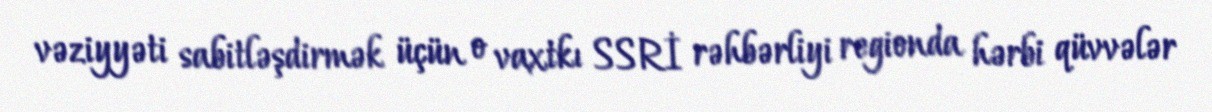
vəziyyəti sabitləşdirmək üçün o vaxtkı SSRİ rəhbərliyi regionda hərbi qüvvələr